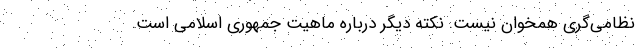
نظامی‌گری همخوان نیست. نکته دیگر درباره ماهیت جمهوری اسلامی است.